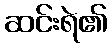
ဆင်းရဲ၏